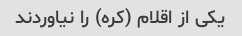
یکی از اقلام (کره) را نیاوردند